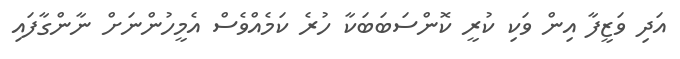
އަދި ވަޒީފާ އިން ވަކި ކުރީ ކޮންސަބަބަކާ ހުރެ ކަމެއްވެސް އެމީހުންނަށް ނާންގާފައި